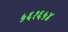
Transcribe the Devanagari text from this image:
५६१६५४